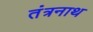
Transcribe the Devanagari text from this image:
तंंत्रनाथ